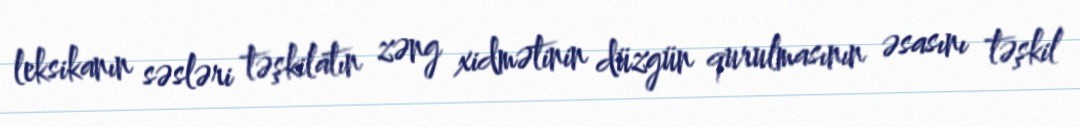
leksikanın səsləri təşkilatın zəng xidmətinin düzgün qurulmasının əsasını təşkil